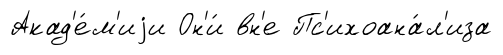
Акад'е́м'иjи Он'и́ вн'е Пс'ихоана́л'иза